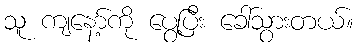
သူ ကျနော့်ကို ပွေ့ပြီး ခေါ်သွားတယ်။